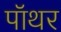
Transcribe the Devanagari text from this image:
पॉथर